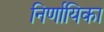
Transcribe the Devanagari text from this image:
निर्णायिका